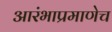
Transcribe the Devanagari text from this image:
आरंभाप्रमाणेच